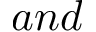
a n d